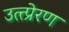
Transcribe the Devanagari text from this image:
उत्त्प्रेरण